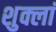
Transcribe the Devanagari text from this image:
शुक्लां